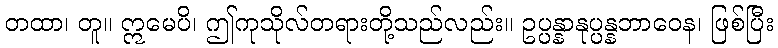
တထာ၊ တူ။ ဣမေပိ၊ ဤကုသိုလ်တရားတို့သည်လည်း။ ဥပ္ပန္နာနုပ္ပန္နဘာဝေန၊ ဖြစ်ပြီး